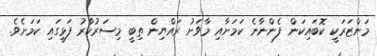
މަންޒަރަކީ ކޮބައިކަން ފެންނާނެ ކަމަށާއި މާވަށު ރައްޔިން ތިބީ މިސަރުކާރު ފަޅީގައި ކަމަށެވެ.